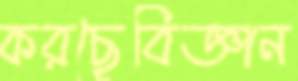
করছেবিজ্ঞান